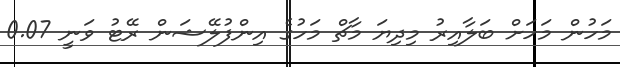
މަހުން މަހަށް ބަލާއިރު މިދިޔަ މާޗް މަހުގެ އިންފުލޭޝަން ރޭޓު ވަނީ 0.07